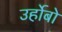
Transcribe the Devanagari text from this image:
उर्होबो